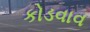
કોડવાવ